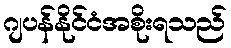
ဂျပန်နိုင်ငံအစိုးရသည်